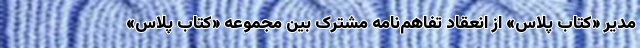
مدیر «کتاب پلاس» از انعقاد تفاهم‌نامه مشترک بین مجموعه «کتاب پلاس»